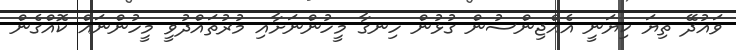
ވައުދޭ ތިޔަ ކިޔަނީ އެއްޖިންސުން ގުޅުން ހިނގާ މީހުންނަށާއި މުރުތައްދުވީ މީހުންނައް ކޮއްގެން